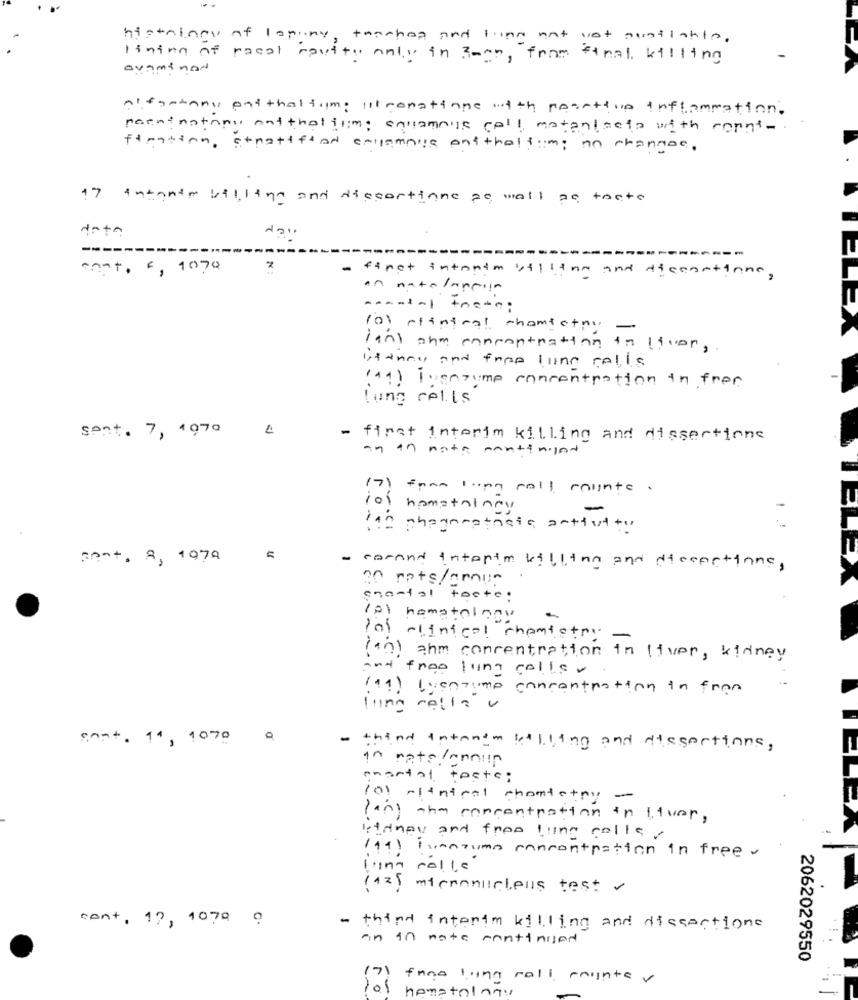
histnings of lopuny, thankog and trinn not not available.
lining of racal spuity only in 3-on, from final, killing
Nonjulho
alfastans parthalfum: ill canatione with rosettun inflammation.
poeng notany ant thatfim; squamous cell matenlacta with ropnt -.
figation, stratified callemais enithalfim; no changee.
17 Intanto billing and discortione pe, wall po tocte
---
---
cont. 5, 1070
2
first intentm billing and discontinne,
on natelappin
(0) rientral chomietro
-
lant ahm rampantnation in liver,
itanny and free line cells
(ai) i gazume concentration in free
long cells
sent. 7, 1970
- first interim killing and dissections
an in nata mantiniat
(7) fromlong roll counts.
I hometaingy
110 phagomatosis anttutto
Bent, 8, 1979
- carand interim killthe and dissections,
30 rots/anun
enontol teste:
col hematology
-
Pol clinical chantetre
(an) ahm concentration in liver, kidney
and free lung colls .
(11) lyenzyme concentration in from
lung cells .
sont. 11 , 1070
-
thing intanim willing and dissections,
in rate /annun
emental teste;
101 -sentral chantetry -
lang the concentration in tiver,
lettnav and free !line colles
Itil Fumozumo concentration in free ~
l'ing rolle
(42) micronucleus test
cont, 12, 1079 9
- third interim killing and dissectione
an in note continued
2062029550
fone lying call mighte v
hematology